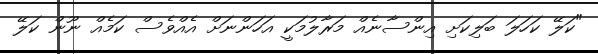
"ކަލޭ ކަހަލަ ބަލިކަށި އިންސާނެއް މަރާލުމަކީ އަހަންނަށް އެއްވެސް ކަމެއް ނޫން ކަލޭ